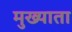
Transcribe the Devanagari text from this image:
मुख्याता